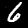
Digit: 6